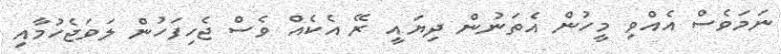
ނަމަވެސް އެއްވި މީހުން އެތަނުން ދިޔައީ ރޭ އެކެއް ވެސް ޖެހިފަހުން ލަވަޖެހުމާއި